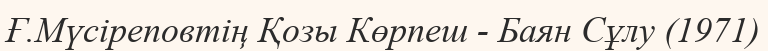
Ғ.Мүсіреповтің Қозы Көрпеш - Баян Сұлу (1971)